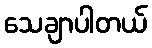
သေချာပါတယ်